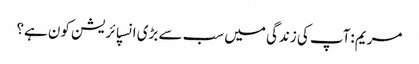
مریم :آپ کی زندگی میں سب سے بڑی انسپائریشن کون ہے؟